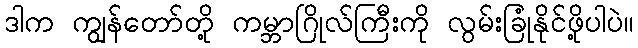
ဒါက ကျွန်တော်တို့ ကမ္ဘာဂြိုလ်ကြီးကို လွမ်းခြုံနိုင်ဖို့ပါပဲ။